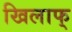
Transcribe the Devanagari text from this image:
खिलाफ्